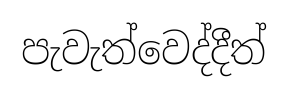
පැවැත්වෙද්දීත්